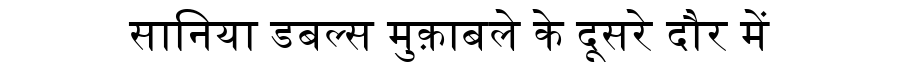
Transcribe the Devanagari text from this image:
सानिया डबल्स मुक़ाबले के दूसरे दौर में